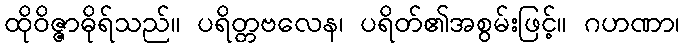
ထိုဝိဇ္ဇာဓိုရ်သည်။ ပရိတ္တဗလေန၊ ပရိတ်၏အစွမ်းဖြင့်။ ဂဟဏာ၊